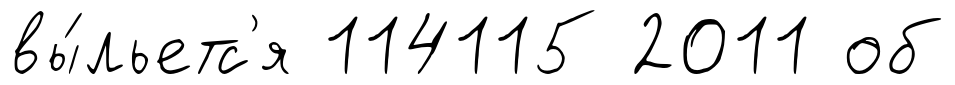
вы́льетс'я 114115 2011 об